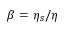
\beta = \eta _ { s } / \eta